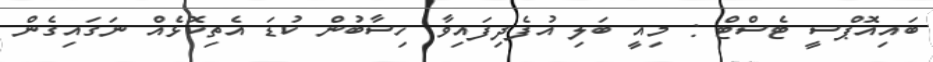
ބައިއޮޕްސީ ޓެސްޓް : މިއީ ބަލި އުފެދިފައިވާ ހިސާބުން ކުޑަ އެތިކޮޅެއް ނަގައިގެން